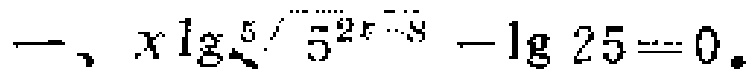
一、$x\lg\sqrt[5]{5^{2x - 8}}-\lg25 = 0$.